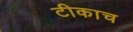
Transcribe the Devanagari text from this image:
टीकाच